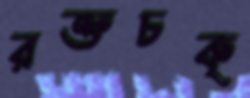
রক্তচক্